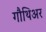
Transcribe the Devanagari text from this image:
गौथिअर